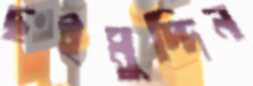
ছইমুদ্দিন